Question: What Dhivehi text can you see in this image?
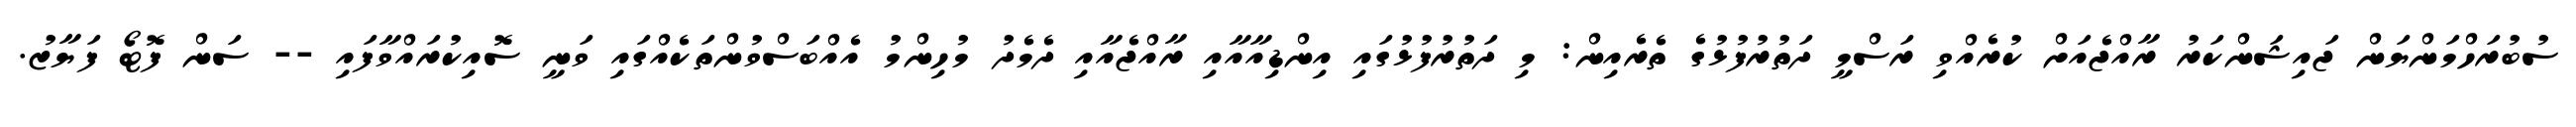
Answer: ސުބުރަހްމަންޔަން ޖައިޝަންކަރު ރާއްޖެއަށް ކުރެއްވި ރަސްމީ ދަތުރުފުޅުގެ ތެރެއިން: މި ދަތުރުފުޅުގައި އިންޑިއާއާއި ރާއްޖެއާއި ދެމެދު މުހިންމު އެއްބަސްވުންތަކެއްގައި ވަނީ ސޮއިކުރައްވާފައި -- ސަން ފޮޓޯ ފަޔާޒު.